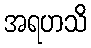
အရဟသိ